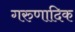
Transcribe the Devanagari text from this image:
गरुणादिक